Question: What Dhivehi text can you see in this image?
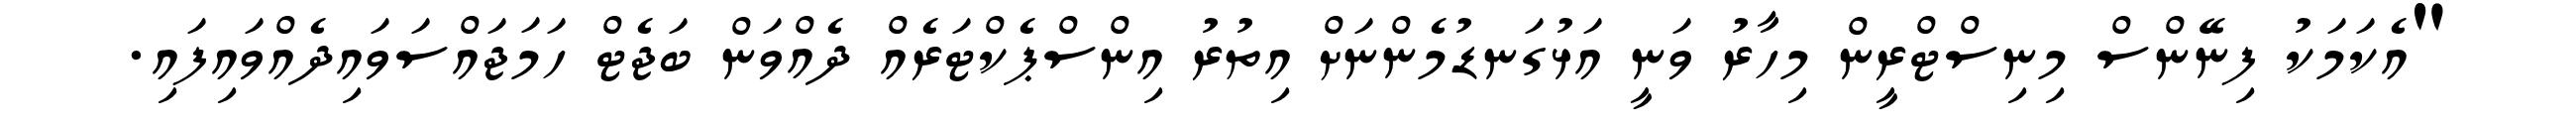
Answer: "އެކަމަކު ފިނޭންސް މިނިސްޓްރީން މިހާރު ވަނީ އަޅުގަނޑުމެންނަށް އިތުރު އިންސްޕެކްޓަރެއް ދެއްވަން ބަޖެޓް ހަމަޖައްސަވައިދެއްވައިފައި.